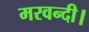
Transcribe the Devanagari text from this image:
मरवन्दी।